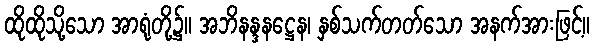
ထိုထိုသို့သော အာရုံတို့၌။ အဘိနန္ဒနဋ္ဌေန၊ နှစ်သက်တတ်သော အနက်အားဖြင့်။